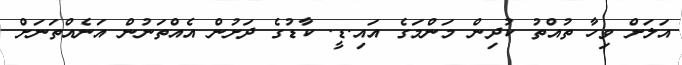
އަލަށް ވިހާ ތުއްތު ކުދިން މަންމަގެ އައި.ޑީ. ކާޑުގެ ދަށުން އެއްތަނުން އަނެއްތަނަށް